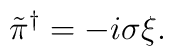
\tilde{\pi}^\dagger = -i\sigma\xi.